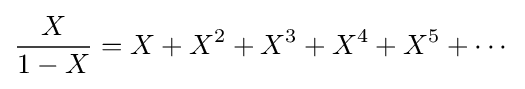
{\frac {X}{1-X}}=X+X^{2}+X^{3}+X^{4}+X^{5}+\cdots